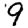
Digit: 9